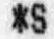
*S